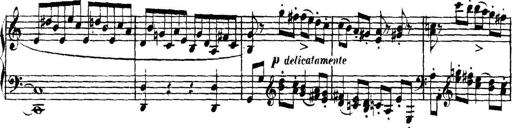
Title: Collected Piano Sonatas
Composer: Muzio Clementi